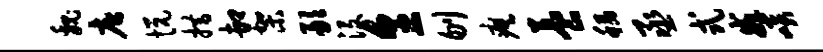
魏唐悦措卸架敢没烹刎瘼养稻丞式戒啖